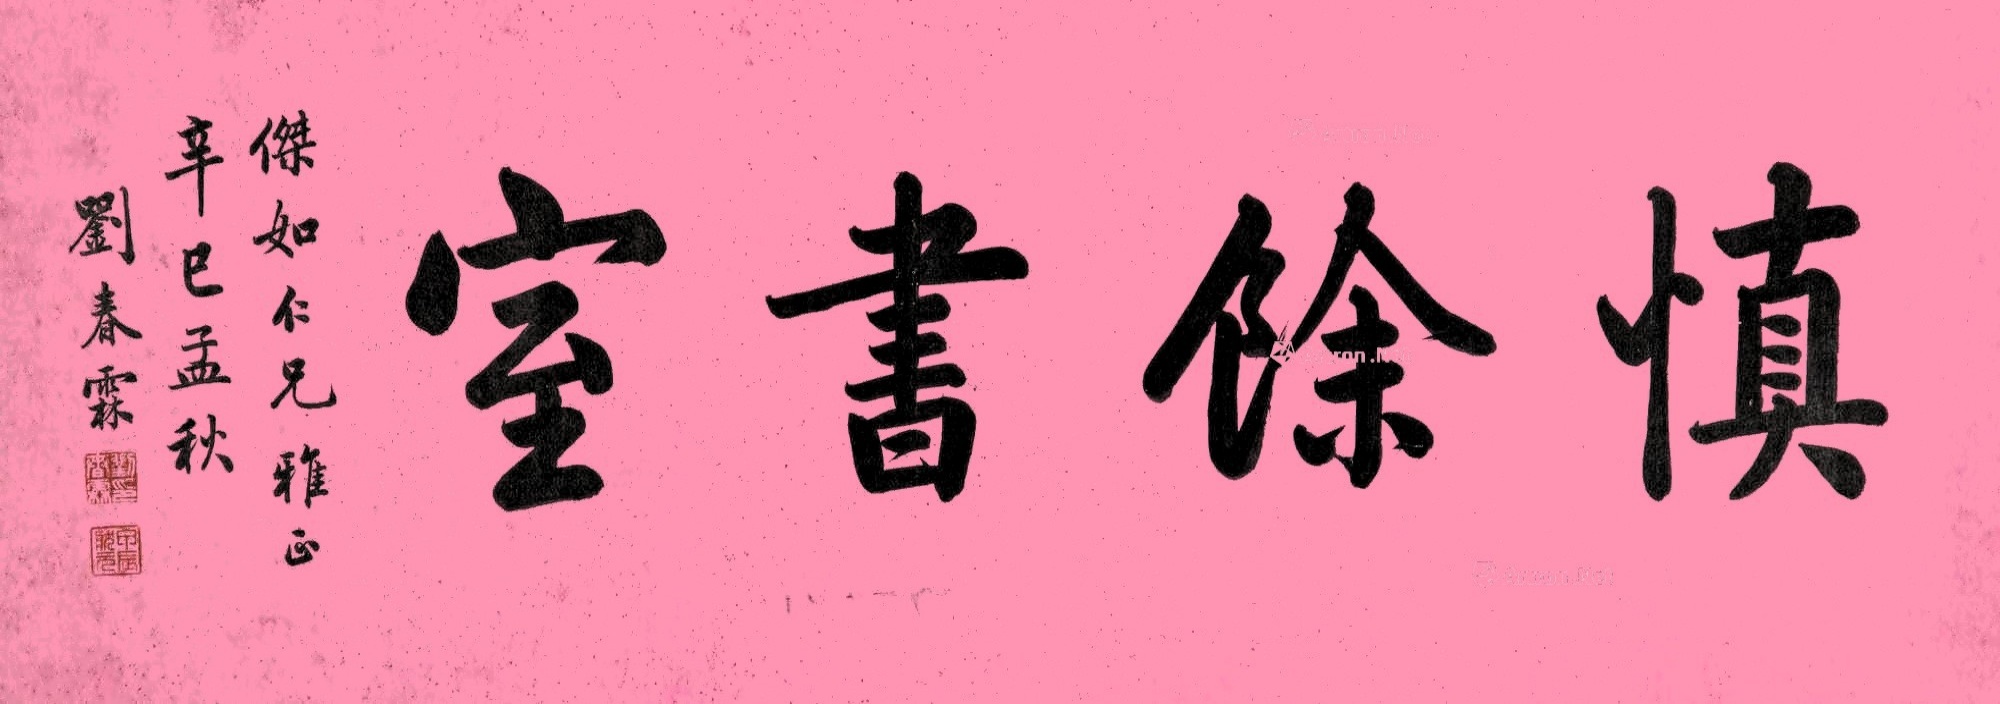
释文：慎余书室。杰如仁兄雅正，辛巳孟秋，刘春霖。